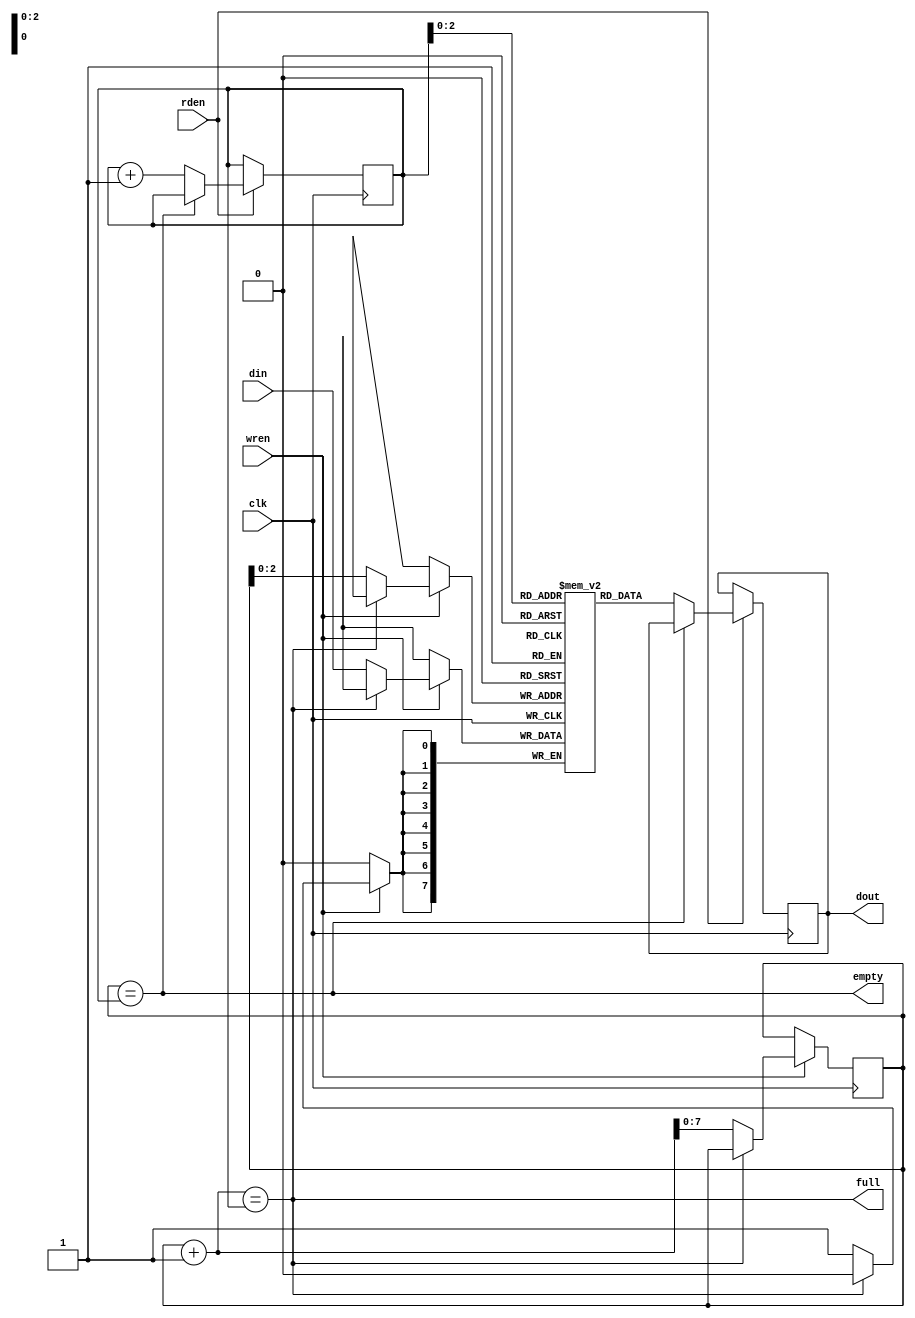
`timescale 1ns / 1ps

module syn#(  
    parameter width = 8,
    parameter depth = 8  
)
   (
   input clk,
   input wren,
   input [7:0] din,
   input rden,
   output reg [7:0] dout,
   output reg empty,
   output reg full
    );
    reg  [7:0] w_ptr,r_ptr;
    reg [7:0] fif [0:7];
    wire a;
    wire b;
    
    always @(posedge clk)begin
      if(wren)begin
        if(!full)begin
           fif[w_ptr]<=din;
           w_ptr<= w_ptr+1;
           
        end
      end 
    end
    always @(posedge clk)begin 
      if(rden)begin
        if(!empty)begin
           dout <=fif[r_ptr];
           r_ptr<=r_ptr+1;
           
        end
      end
    end
     always @(w_ptr,r_ptr) begin
        empty <= (w_ptr == r_ptr);
        full  <= ((w_ptr + 1) == r_ptr);
    end
       
endmodule